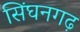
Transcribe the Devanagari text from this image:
सिंघनगढ़